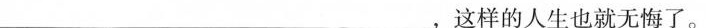
___，这样的人生也就无悔了。